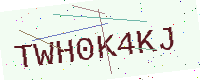
Text: TWH0K4KJ